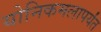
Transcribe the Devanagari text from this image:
योनिकमलापर्यंत